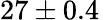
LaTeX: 27\pm 0.4\